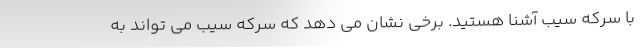
با سرکه سیب آشنا هستید. برخی نشان می دهد که سرکه سیب می تواند به